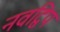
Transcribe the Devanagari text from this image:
नवद्विप